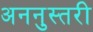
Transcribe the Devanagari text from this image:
अननुस्तरी